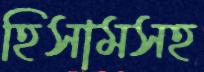
হিসামসহ